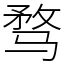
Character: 骛